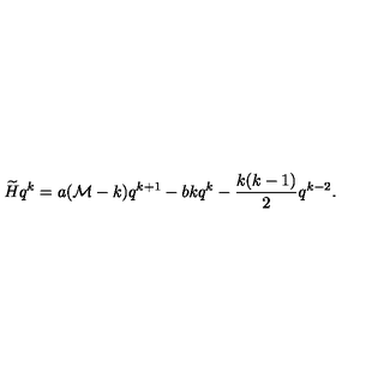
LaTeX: \widetilde { H } q ^ { k } = a ( { \mathcal M } - k ) q ^ { k + 1 } - b k q ^ { k } - { \frac { k ( k - 1 ) } { 2 } } q ^ { k - 2 } .